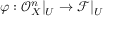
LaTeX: \varphi : { \mathcal { O } } _ { X } ^ { n } | _ { U } \to { \mathcal { F } } | _ { U }